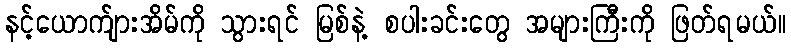
နင့်ယောက်ျားအိမ်ကို သွားရင် မြစ်နဲ့ စပါးခင်းတွေ အများကြီးကို ဖြတ်ရမယ်။